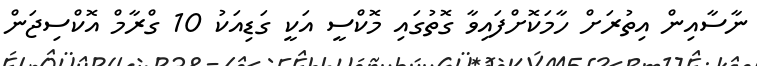
ނާސާއިން އިތުރަށް ހާމަކޮށްފައިވާ ގޮތުގައި މޮކްސީ އަކީ ގަޑިއަކު 10 ގްރާމް އޮކްސިޖަން